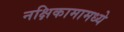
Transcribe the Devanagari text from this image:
नक्षिकामामध्ये